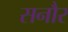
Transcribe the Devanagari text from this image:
सनौर